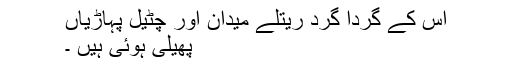
اس کے گردا گرد ریتلے میدان اور چٹیل پہاڑیاں
پھیلی ہوئی ہیں ۔